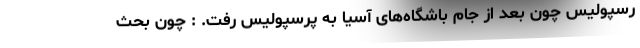
رسپولیس چون بعد از جام باشگاه‌های آسیا به پرسپولیس رفت. : چون بحث